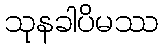
သုနခါပိမဿ